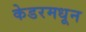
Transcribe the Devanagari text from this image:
केडरमधून